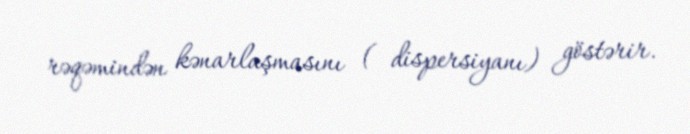
rəqəmindən kənarlaşmasını ( dispersiyanı) göstərir.